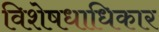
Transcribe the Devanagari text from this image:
विशेषधाधिकार